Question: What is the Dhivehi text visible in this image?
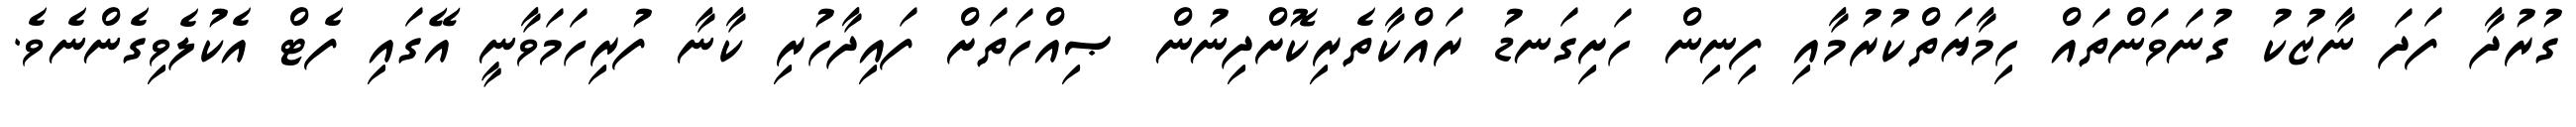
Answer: ގުރުދާ ފަދަ ނާޒުކު ގުނަވަންތައް ހިމާޔަތްކުރުމާއި ފިނިން ހަށިގަނޑު ރައްކާތެރިކޮށްދިނުން ޞިއްހަތަށް ފައިދާހުރި ކާނާ ފުރިހަމަވާނީ އޭގައި ފެޓް އެކުލެވިގެންނެވެ.